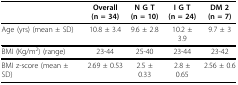
<table><thead><tr><td></td><td><b>Overall(n = 34)</b></td><td><b>N G T(n = 10)</b></td><td><b>I G T(n = 24)</b></td><td><b>DM 2(n = 7)</b></td></tr></thead><tbody><tr><td>Age (yrs) (mean ± SD)</td><td>10.8 ± 3.4</td><td>9.6 ± 2.8</td><td>10.2 ± 3.9</td><td>9.7 ± 3</td></tr><tr><td>BMI (Kg/m<sup>2</sup>) (range)</td><td>23-44</td><td>25-40</td><td>23-44</td><td>23-42</td></tr><tr><td>BMI z-score (mean ± SD)</td><td>2.69 ± 0.53</td><td>2.5 ± 0.33</td><td>2.8 ± 0.65</td><td>2.56 ± 0.6</td></tr></tbody></table>